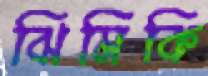
ঝিমিকি